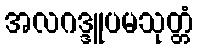
အလဂဒ္ဒူပမသုတ္တံ